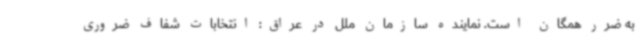
به ضرر همگان است. نماینده سازمان ملل در عراق: انتخابات شفاف ضروری